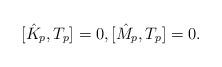
LaTeX: \begin{align*} [\hat{K}_p, T_p] = 0, [\hat{M}_p, T_p] = 0.\end{align*}